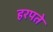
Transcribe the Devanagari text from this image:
हरपते